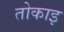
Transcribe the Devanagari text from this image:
तोकाइ